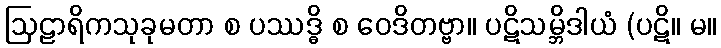
ဩဠာရိကသုခုမတာ စ ပဿဒ္ဓိ စ ဝေဒိတဗ္ဗာ။ ပဋိသမ္ဘိဒါယံ (ပဋိ။ မ။